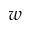
w